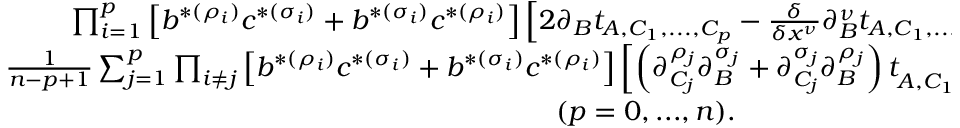
\begin{array} { c } { { \prod _ { i = 1 } ^ { p } \left[ b ^ { * ( \rho _ { i } ) } c ^ { * ( \sigma _ { i } ) } + b ^ { * ( \sigma _ { i } ) } c ^ { * ( \rho _ { i } ) } \right] \left[ 2 \partial _ { B } t _ { A , C _ { 1 } , . . . , C _ { p } } - { \frac { \delta } { \delta x ^ { \nu } } } \partial _ { B } ^ { \nu } t _ { A , C _ { 1 } , . . . , C _ { p } } - ( A \leftrightarrow B ) \right] = \nonumber } } \\ { { { \frac { 1 } { n - p + 1 } } \sum _ { j = 1 } ^ { p } \prod _ { i \not = j } \left[ b ^ { * ( \rho _ { i } ) } c ^ { * ( \sigma _ { i } ) } + b ^ { * ( \sigma _ { i } ) } c ^ { * ( \rho _ { i } ) } \right] \left[ \left( \partial _ { C _ { j } } ^ { \rho _ { j } } \partial _ { B } ^ { \sigma _ { j } } + \partial _ { C _ { j } } ^ { \sigma _ { j } } \partial _ { B } ^ { \rho _ { j } } \right) t _ { A , C _ { 1 } , . . . , \hat { C _ { j } } , . . . , C _ { p } } - ( A \leftrightarrow B ) \right] \nonumber } } \\ { { \quad ( p = 0 , . . . , n ) . } } \end{array}